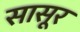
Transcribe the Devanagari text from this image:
सासूर